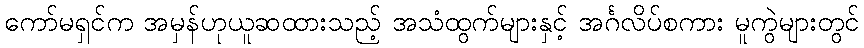
ကော်မရှင်က အမှန်ဟုယူဆထားသည့် အသံထွက်များနှင့် အင်္ဂလိပ်စကား မူကွဲများတွင်